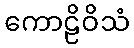
ကောဠိဝိသံ